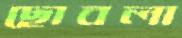
ছোবলা